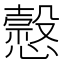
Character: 𢣯